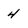
Character: 4